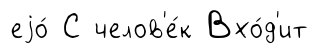
еjо́ С челов'е́к Вхо́д'ит